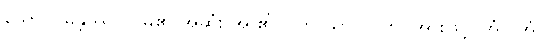
သော၊ ပုမန္တဿ- ပုမ၏ အဆုံး အ ၏၊ ဝိဘာသာ- ဝိကပ်အားဖြင့်၊ အံ- အံ